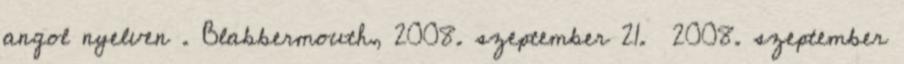
angol nyelven . Blabbermouth, 2008. szeptember 21. 2008. szeptember